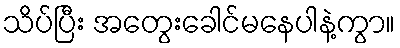
သိပ်ပြီး အတွေးခေါင်မနေပါနဲ့ကွာ။